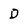
Character: D